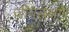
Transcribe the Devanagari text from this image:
जीवलक्षण